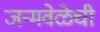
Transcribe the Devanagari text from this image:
जन्मवेळेची